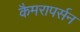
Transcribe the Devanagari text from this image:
कैमरापर्सन